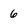
Character: 6